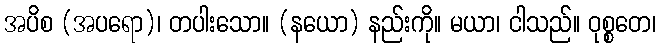
အပိစ (အပရော)၊ တပါးသော။ (နယော) နည်းကို။ မယာ၊ ငါသည်။ ဝုစ္စတေ၊